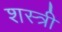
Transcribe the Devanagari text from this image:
शस्त्री